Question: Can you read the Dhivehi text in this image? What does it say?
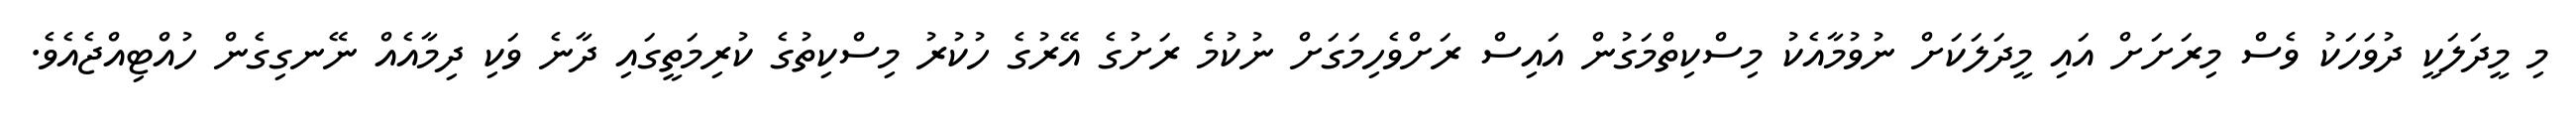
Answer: މި މީދަލަކީ ދުވަހަކު ވެސް މިރަށަށް އައި މީދަލަކަށް ނުވުމާއެކު މިސްކިތްމަގުން އައިސް ރަށްވެހިމަގަށް ނުކުމެ ރަށުގެ އޭރުގެ ހުކުރު މިސްކިތުގެ ކުރިމަތީގައި ދާނެ ވަކި ދިމާއެއް ނޭނގިގެން ހުއްޓިއްޖެއެވެ.